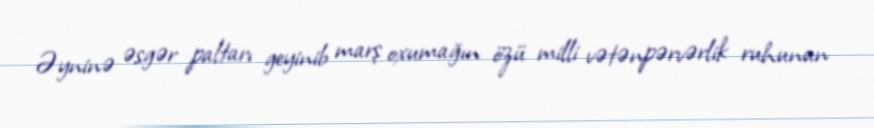
Əyninə əsgər paltarı geyinib marş oxumağın özü milli vətənpərvərlik ruhunun